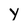
Character: y